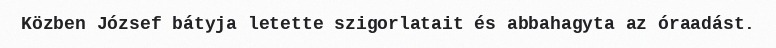
Közben József bátyja letette szigorlatait és abbahagyta az óraadást.